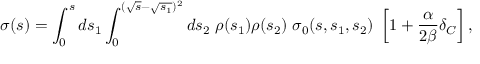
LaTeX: \sigma ( s ) = \int _ { 0 } ^ { s } d s _ { 1 } \int _ { 0 } ^ { ( \sqrt { s } - \sqrt { s _ { 1 } } ) ^ { 2 } } d s _ { 2 } \; \rho ( s _ { 1 } ) \rho ( s _ { 2 } ) \; \sigma _ { 0 } ( s , s _ { 1 } , s _ { 2 } ) \; \left[ 1 + { \frac { \alpha } { 2 \beta } } \delta _ { C } \right] ,